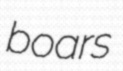
boars